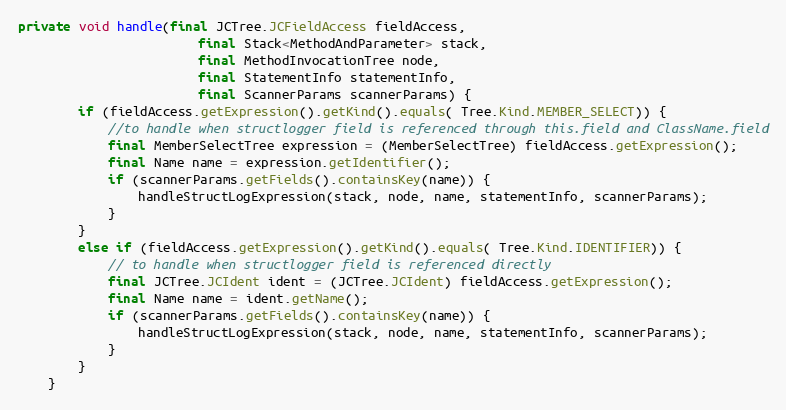
Language: Java
private void handle(final JCTree.JCFieldAccess fieldAccess,
                        final Stack<MethodAndParameter> stack,
                        final MethodInvocationTree node,
                        final StatementInfo statementInfo,
                        final ScannerParams scannerParams) {
        if (fieldAccess.getExpression().getKind().equals( Tree.Kind.MEMBER_SELECT)) {
            //to handle when structlogger field is referenced through this.field and ClassName.field
            final MemberSelectTree expression = (MemberSelectTree) fieldAccess.getExpression();
            final Name name = expression.getIdentifier();
            if (scannerParams.getFields().containsKey(name)) {
                handleStructLogExpression(stack, node, name, statementInfo, scannerParams);
            }
        }
        else if (fieldAccess.getExpression().getKind().equals( Tree.Kind.IDENTIFIER)) {
            // to handle when structlogger field is referenced directly
            final JCTree.JCIdent ident = (JCTree.JCIdent) fieldAccess.getExpression();
            final Name name = ident.getName();
            if (scannerParams.getFields().containsKey(name)) {
                handleStructLogExpression(stack, node, name, statementInfo, scannerParams);
            }
        }
    }